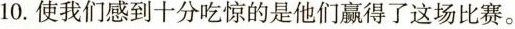
10.使我们感到十分吃惊的是他们赢得了这场比赛。